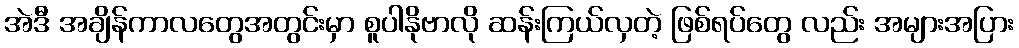
အဲဒီ အချိန်ကာလတွေအတွင်းမှာ စူပါနိုဗာလို ဆန်းကြယ်လှတဲ့ ဖြစ်ရပ်တွေ လည်း အများအပြား